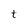
Character: t